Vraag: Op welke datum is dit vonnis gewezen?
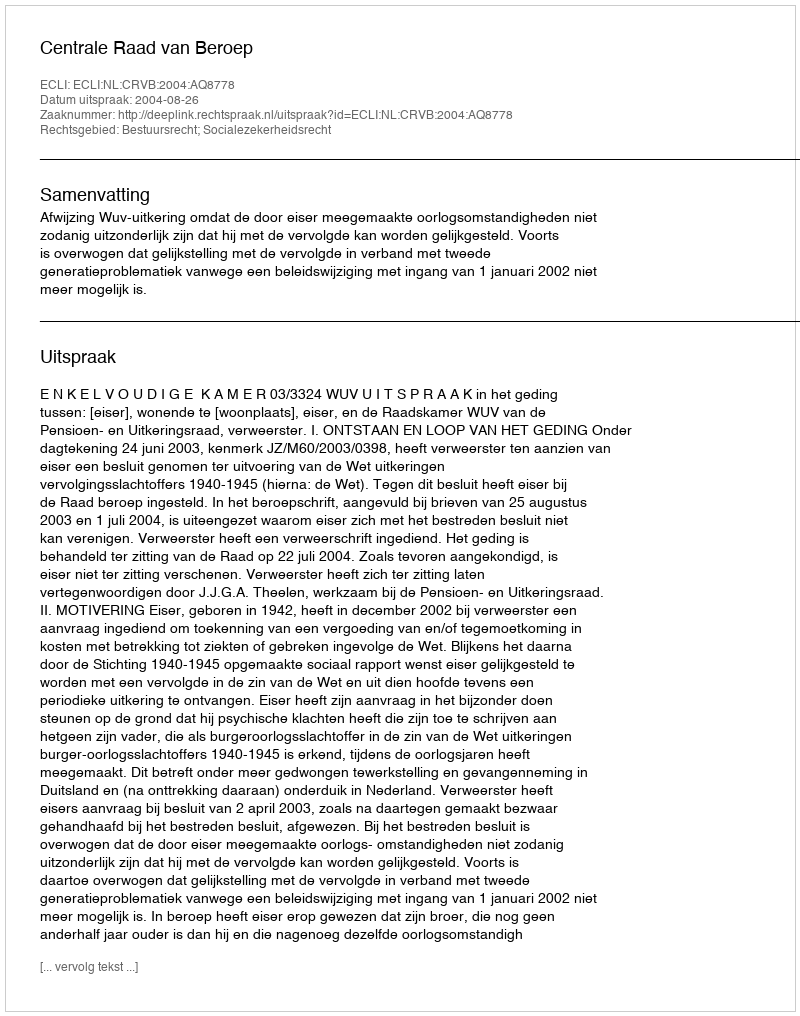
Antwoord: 2004-08-26